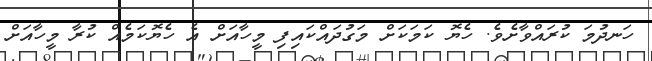
ހަނދުމަ ކުރައްވާށެވެ. ހެޔޮ ކަމަކަށް މަގުދައްކައިފި މީހާއަށް އެ ހެޔޮކަމެއް ކުރާ މީހާއަށް